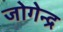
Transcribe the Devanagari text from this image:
जोगेन्द्र